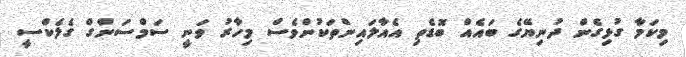
މިކަމާ ގުޅިގެން ދުނިޔޭގެ ބައެއް ބޮޑެތި އެއާލައިންތަކުންވެސް މިހާރު ވަނީ ސަމްސަންގް ގެލެކްސީ